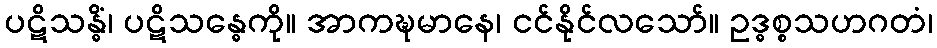
ပဋိသန္ဓိံ၊ ပဋိသန္ဓေကို။ အာကဍ္ဎမာနေ၊ ငင်နိုင်လသော်။ ဥဒ္ဓစ္စသဟဂတံ၊